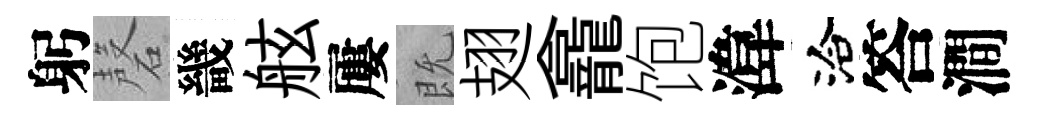
躬磬畿舷屢既翅龕饱湋洽答澗